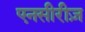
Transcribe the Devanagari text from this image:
एनसीरीज़